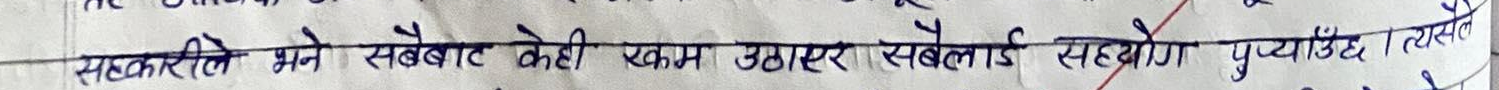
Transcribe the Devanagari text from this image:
सहकारीले भने सबैबाट केही रकम उठाएर सबैलाई सहयोग पुऱ्याउँछ। त्यसले